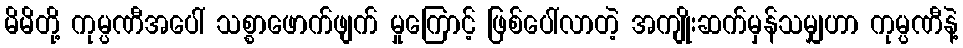
မိမိတို့ ကုမ္ပဏီအပေါ် သစ္စာဖောက်ဖျက် မှုကြောင့် ဖြစ်ပေါ်လာတဲ့ အကျိုးဆက်မှန်သမျှဟာ ကုမ္ပဏီနဲ့